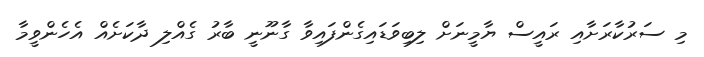
މި ސަރުކާރަށާއި ރައީސް ޔާމީނަށް ލިބިވަޑައިގެންފައިވާ ގާނޫނީ ބާރު ގެއްލި ދާކަށެއް އެހެންވީމާ